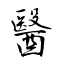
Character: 醫